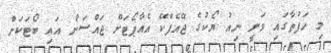
މި ހަފުތާގައި ވަނީ ނިއު ޔޯކުގެ ޖޭއެފްކޭ އެއާޕޯޓަށް ޖައްސަން އަައި ބޯޓަކަށް